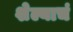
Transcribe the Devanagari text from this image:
शेल्याचं